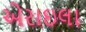
એરાઇલા